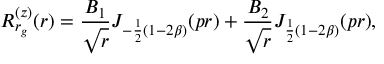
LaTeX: R _ { r _ { g } } ^ { ( z ) } ( r ) = \frac { B _ { 1 } } { \sqrt { r } } J _ { - \frac { 1 } { 2 } ( 1 - 2 \beta ) } ( p r ) + \frac { B _ { 2 } } { \sqrt { r } } J _ { \frac { 1 } { 2 } ( 1 - 2 \beta ) } ( p r ) ,